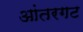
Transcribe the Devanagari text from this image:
आंतरगट